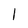
Character: I